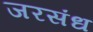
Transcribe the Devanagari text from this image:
जरसंध